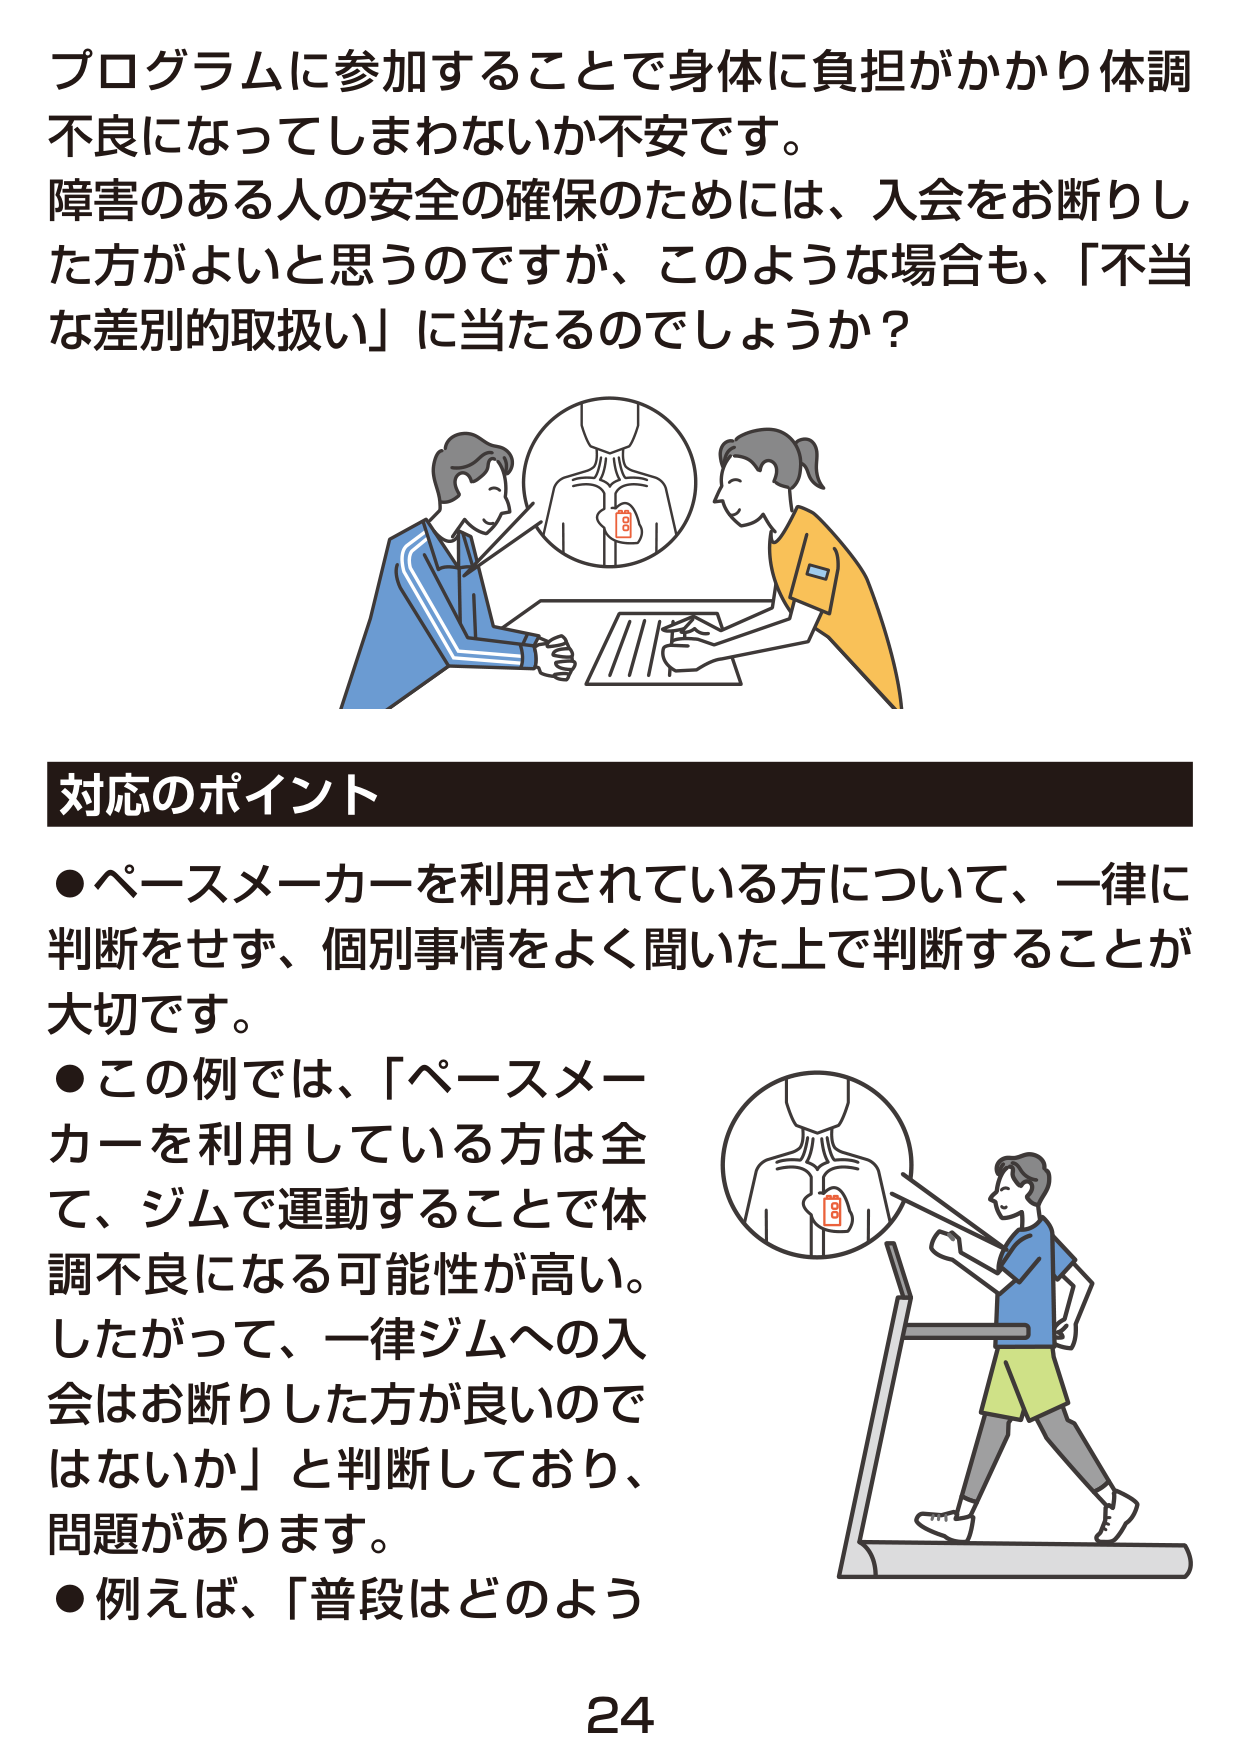
プログラムに参加することで身体に負担がかかり体調
不良になってしまわないか不安です。
障害のある人の安全の確保のためには、入会をお断りし
た方がよいと思うのですが、このような場合も、「不当
な差別的取扱い」に当たるのでしょうか？

対応のポイント
●ペースメーカーを利用されている方について、一律に
判断をせず、個別事情をよく聞いた上で判断することが
大切です。
●この例では、「ペースメー
カーを利用している方は全
て、ジムで運動することで体
調不良になる可能性が高い。
したがって、一律ジムへの入
会はお断りした方が良いので
はないか」と判断しており、
問題があります。
●例えば、「普段はどのよう

24